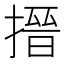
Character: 搢